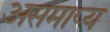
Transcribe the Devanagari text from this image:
असमाप्य